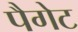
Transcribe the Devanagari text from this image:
पैगेट